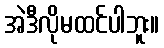
အဲဒီလိုမထင်ပါဘူး။